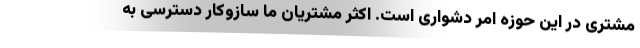
مشتری در این حوزه امر دشواری است. اکثر مشتریان ما سازوکار دسترسی به